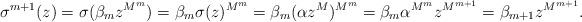
LaTeX: \begin{align*} \sigma^{m+1}(z) =\sigma(\beta_m z^{M^m})=\beta_m\sigma( z)^{M^m}=\beta_m( \alpha z^M)^{M^m}=\beta_m \alpha^{M^m} z^{M^{m+1}}=\beta_{m+1} z^{M^{m+1}}.\end{align*}